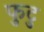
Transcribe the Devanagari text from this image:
फुटु